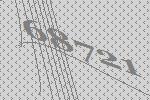
68721